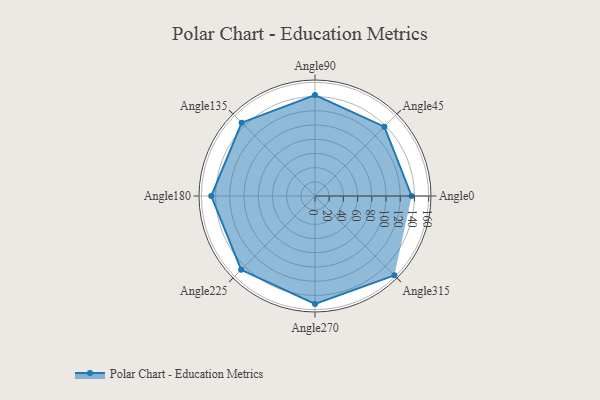
{"axis": {"x": "Angle", "y": "Radius"}, "legend": [""], "data": [{"x": "Angle0", "y": 136.0, "type": ""}, {"x": "Angle45", "y": 138.0, "type": ""}, {"x": "Angle90", "y": 142.0, "type": ""}, {"x": "Angle135", "y": 146.0, "type": ""}, {"x": "Angle180", "y": 146.0, "type": ""}, {"x": "Angle225", "y": 147.0, "type": ""}, {"x": "Angle270", "y": 152.0, "type": ""}, {"x": "Angle315", "y": 158.0, "type": ""}]}